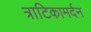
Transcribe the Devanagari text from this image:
त्राटिकामर्दन